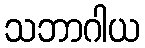
သဘာဂါယ